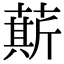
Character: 䔮